Annual administration report of the Bombay Presidency - 1887-1892
Year: 1887
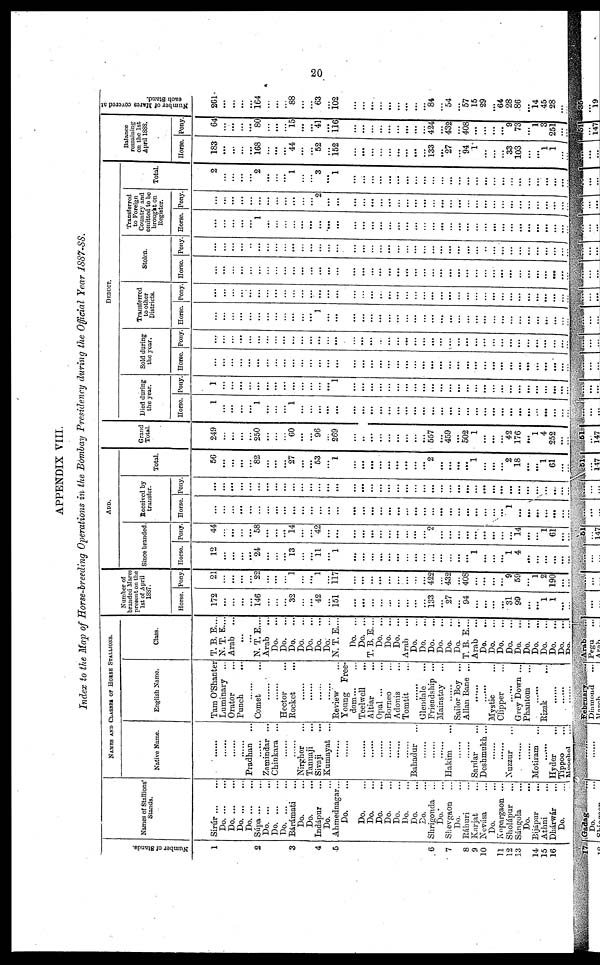
20
APPENDIX VIII.
Index to the Map of Horse-breeding Operations in the Bombay Presidency during the Official Year 1887-88.
Nu mb e r of Stands.
1
2
3
4
5
6
7
8
9
10
11
12
13
14.
15
16
Names of Stallions
Stands.
Sirúr
...
...
Do.
...
...
Do.
...
...
Do.
...
...
Do.
...
...
Súpa ... ...
Do. ... ...
Do.
...
...
Do.
...
...
Bárámati ...
Do. ...
Do. ...
Indápur ...
Do. ...
Ahmednagar...
Do ....
Do. ...
Do. ...
Do. ...
Do. ...
Do. ...
Do. ...
Do. ...
Do. ...
Shrigonda ...
Do. ...
Shevgaon ...
Do. ...
Ráhuri
...
Karjat ...
Nevása ...
Do. ...
Kopargaon ...
Sholápur ...
Sángola ...
Do. ...
Bijápur ...
Athni ...
Dkárwár ...
Do. ...
NAMES AND CLASSES OF HORSE STALLIONS.
Native Name.
......
.......
......
......
Pradhan ...
......
Zamindar ...
Chinkara ...
......
......
Nirghor ...
Tannaji ...
Sivaji ...
Kumayat ...
......
......
......
......
......
......
......
......
Bahadur ...
......
......
......
Hakim ...
......
......
Sardar ...
Deshmukh ...
......
......
Nuzzur ...
......
......
Motiram ...
......
Hyder ...
Tippo ...
Moochel ...
English Name.
Tam O'Shanter
Luminary ...
Orator ...
Punch
...
......
Comet ...
......
......
Hector ...
Rocket
...
......
......
......
......
Review ...
Young Free-
dom... ...
Teelwell ...
Altiar ...
Opal
...
...
Borneo ...
Adonis ...
Tomtit ...
......
Glendale ...
Friendship ...
Mainstay
......
Sailor Boy ...
Allan Bane ...
......
......
Mystic ...
Clipper ...
......
Grey Down ...
Phantom ...
......
Rizak ...
......
......
......
Class.
T. B. E....
N. T. E....
Arab ...
...
...
N. T. E....
Arab ...
Do.
...
Do.
...
Do.
...
Do.
...
Do.
...
Do.
...
Do.
...
N. T. E....
Do. ...
Do. ...
T. B. E....
Do. ...
Do. ...
Do. ...
Arab ...
Do.
...
Do.
...
Do.
...
Do.
...
Do.
...
Da
...
T. B. E....
Arab ...
Do.
...
Do.
...
Do.
...
Do.
...
Do.
...
Do.
...
Do.
...
Do.
...
Do.
...
Do. ...
Do. ...
Number of
branded Mares
present on the
1st of April
1887.
Horse.
172
...
...
...
...
146
...
...
...
32
...
...
42
...
151
...
...
...
...
...
...
...
...
...
133
...
27
...
94
...
...
...
...
31
99
...
...
1
1
...
...
Pony
21
...
...
...
...
22
...
...
1
...
...
1
...
117
...
...
...
...
...
...
...
...
...
422
...
432
...
408
...
...
...
...
9
59
...
1
2
190
...
...
ADD.
Since branded.
Horse.
12
...
...
...
...
24
...
...
...
13
...
...
11
...
1
...
...
...
...
...
...
...
...
...
...
...
...
...
...
1
...
...
...
1
4
...
...
...
...
...
...
Pony
44
...
...
...
58
...
...
...
14
...
...
42
...
...
...
...
...
...
...
...
...
...
...
2
...
...
...
...
...
...
...
...
...
14
...
...
1
61
...
...
Received by
transfer.
Horse.
...
...
...
...
...
...
...
...
...
...
...
...
...
...
...
...
...
...
...
...
...
...
...
...
...
...
...
...
...
...
1
...
...
...
...
...
...
...
Pony.
...
...
...
...
...
...
...
...
...
...
...
...
...
...
...
...
...
...
...
...
...
...
...
...
...
...
...
...
...
...
...
...
...
...
...
...
....
...
...
Total.
56
...
...
...
...
82
...
...
...
27
...
...
53
...
1
...
...
...
...
...
...
...
...
...
2
...
...
...
...
1
...
...
...
2
18
...
...
1
61
...
...
Grand
Total.
249
...
...
...
...
250
...
...
60
...
...
96
269
...
..
...
...
...
...
...
...
...
557
...
459
...
502
1
...
...
...
42
176
...
1
4
252
...
...
DEDUCT.
Died during
the year.
Horse.
1
...
...
...
...
1
...
...
1
...
...
...
...
...
...
...
...
...
...
...
...
...
...
...
...
...
...
...
...
...
...
...
...
...
...
...
...
...
...
...
Pony.
1
...
...
...
...
...
...
...
...
...
...
...
...
1
...
...
...
...
...
...
...
...
...
...
...
...
...
...
...
...
...
...
...
...
...
...
...
...
...
...
Sold during
the year.
Horse.
...
...
...
...
...
...
...
...
...
...
...
...
...
...
...
...
...
...
...
...
...
...
...
...
...
...
...
...
...
...
...
...
...
...
...
...
...
...
...
...
...
Pony.
...
...
...
...
...
...
...
...
...
...
...
...
...
...
...
...
...
...
...
...
...
...
...
...
...
...
...
...
...
...
...
...
...
...
...
Transferred
to other
Districts.
Horse.
...
...
...
...
...
...
...
...
...
...
...
1
...
...
...
...
...
...
...
...
...
...
...
...
...
...
...
...
...
...
...
...
...
...
...
Pony.
...
...
...
...
...
...
...
...
...
...
...
...
...
...
...
...
...
...
...
...
...
...
...
...
...
...
...
...
...
...
...
...
...
...
...
...
...
...
...
Stolen.
Horse.
...
...
...
...
...
...
...
...
...
...
...
...
...
...
...
...
...
...
...
...
...
...
...
...
...
...
...
...
...
...
...
...
...
...
...
...
...
...
...
Pony.
...
...
...
...
...
...
...
...
...
...
...
...
...
...
...
...
...
...
...
...
...
...
...
...
...
...
...
...
...
...
...
...
...
...
...
...
...
...
...
Transferred
to Foreign
Country and
omitted to be
brought on
Register.
Horse.
...
...
...
...
...
1
...
...
...
...
...
...
...
...
...
...
...
...
...
...
...
...
...
...
...
...
...
...
...
...
...
...
...
...
...
...
...
...
...
Pony.
...
...
...
...
...
...
...
...
...
...
...
2
...
...
...
...
...
...
...
...
...
...
...
...
...
...
...
...
...
...
...
...
...
...
...
...
...
Total.
2
...
...
...
...
2
...
...
1
...
...
3
...
1
...
...
...
...
...
...
...
...
...
...
...
...
...
...
......
...
...
...
...
...
...
...
...
...
...
...
Balance
remaining
on the 1st
April 1888.
Horse.
183
...
...
...
...
168
...
...
...
44
...
...
52
...
152
...
...
...
...
...
...
...
...
...
133
...
27
...
94
1
...
...
33
103
...
1
1
...
...
Pony.
64
...
...
...
...
80
...
...
...
15
...
...
41
...
116
...
...
...
...
...
...
...
...
424
...
432
...
408
...
...
...
...
9
73
...
1
3
251
...
...
Number of Mares covered at
each Stand.
261
...
...
...
164
...
...
...
88
...
...
63
...
102
...
...
...
...
...
...
...
...
...
84
...
54
...
57
15
29
...
64
28
86
...
14
45
28
...
...